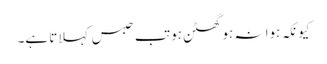
کیونکہ ہوا نہ ہو گھٹن ہو تب حبس کہلاتا ہے۔